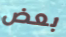
بعض